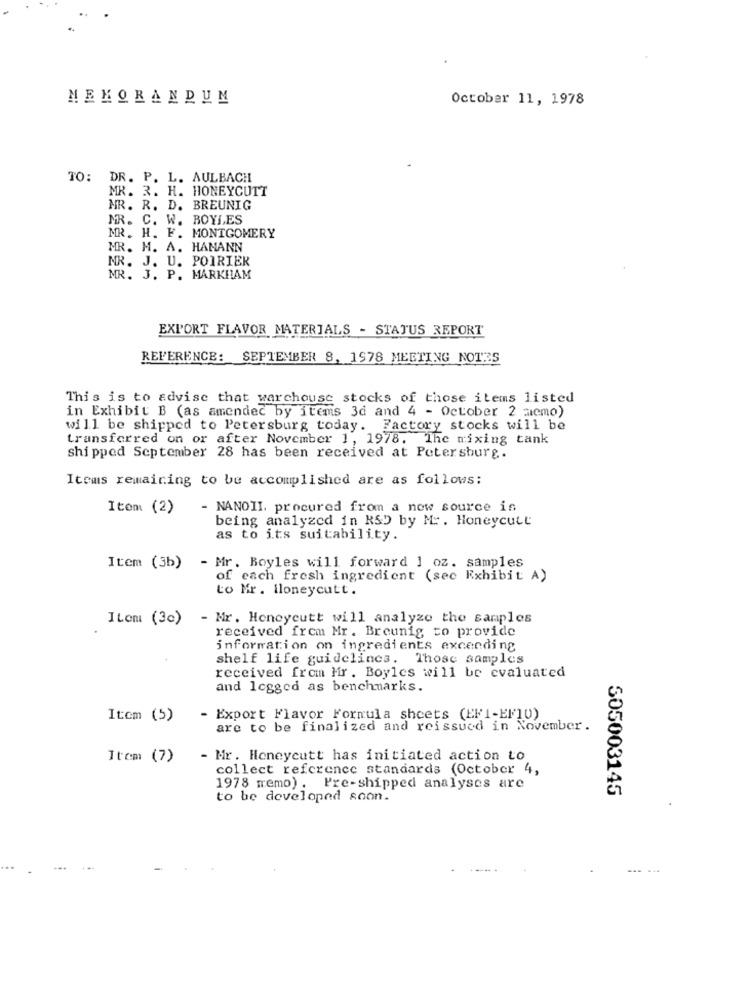
MEMORANDUM
October 11, 1978
TO: DR. P. L. AULBACH
MR. 3. H. HONEYCUTT
MR. R. D. BREUNIG
MR. C. W. BOYLES
MR. H. F. MONTGOMERY
MR. M. A. HAMANN
MR. J. U. POIRIER
MR. J. P. MARKHAM
EXPORT FLAVOR MATERIALS - STATUS REPORT
REFERENCE: SEPTEMBER 8, 1978 MEETING NOTES
This is to advise that warchouse stocks of those items listed
in Exhibit B (as amended by items 3d and 4 - October 2 micmo)
will be shipped to Petersburg today. Factory stocks will be
transferred on or after November 1, 1978. The mixing tank
shipped September 28 has been received at Petersburg.
Items remaining to be accomplished are as follows:
Item (2)
- NANOII, procured from a new source is
being analyzed in RSD by Mr . Honeycutt
as to its suitability.
Item (3b)
- Mr. Boyles will forward 1 oz. samples
of each fresh ingredient (sec Exhibit A)
to Mr. iloneycutt.
Item (3c)
- Mr. Honeycutt will analyze the samples
received from Mr. Breunig to provide
information on ingredients exceeding
shelf life guidelines. Those samples
received from Mir. Boyles will be evaluated
and legged as benchmarks.
Item (5)
- Export Flavor Formula sheets (EFI-EF10)
are to be finalized and reissued in November.
Item (7)
- Mr. Honeycutt has initiated action to
collect reference standards (October 4,
1978 memo). Pre-shipped analyses are
505003145
to be developed soon.